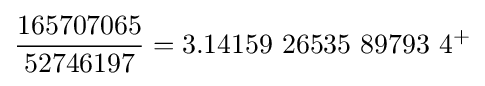
{\frac {165707065}{52746197}}=3.14159\ 26535\ 89793\ 4^{+}